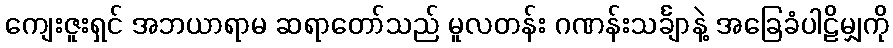
ကျေးဇူးရှင် အဘယာရာမ ဆရာတော်သည် မူလတန်း ဂဏန်းသင်္ချာနဲ့ အခြေခံပါဠိမျှကို